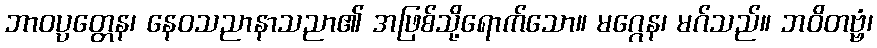
ဘာဝပ္ပတ္တေန၊ နေဝသညာနာသညာ၏ အဖြစ်သို့ရောက်သော။ မဂ္ဂေန၊ မဂ်သည်။ ဘဝိတဗ္ဗံ၊